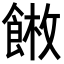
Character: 𩜫